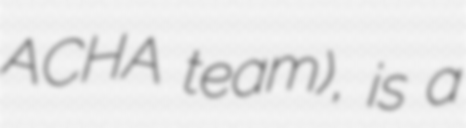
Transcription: ACHA team), is a